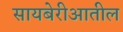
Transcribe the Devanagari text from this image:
सायबेरीआतील